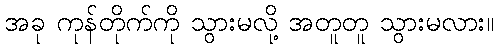
အခု ကုန်တိုက်ကို သွားမလို့ အတူတူ သွားမလား။